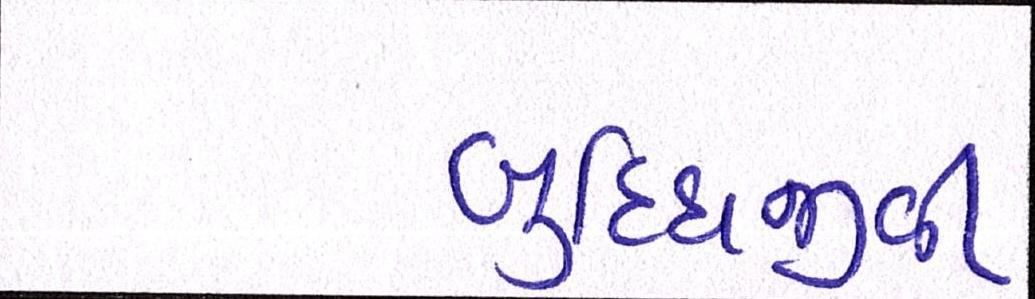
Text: બુધ્ધિજીવી